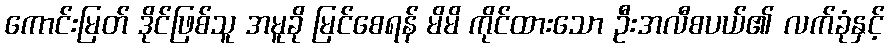
ကောင်းမြတ် ဒိုင်ဖြစ်သူ အမူခို မြင်စေရန် မိမိ ကိုင်ထားသော ဦးအလီစပယ်၏ လက်ခုံနှင့်